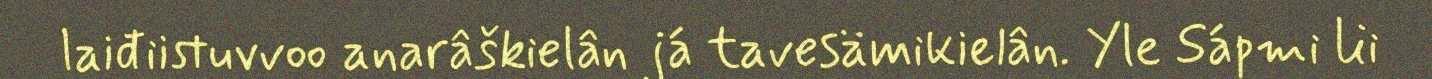
laiđiistuvvoo anarâškielân já tavesämikielân. Yle Sápmi lii